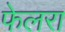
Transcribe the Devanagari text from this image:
फेलरा